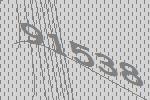
91538